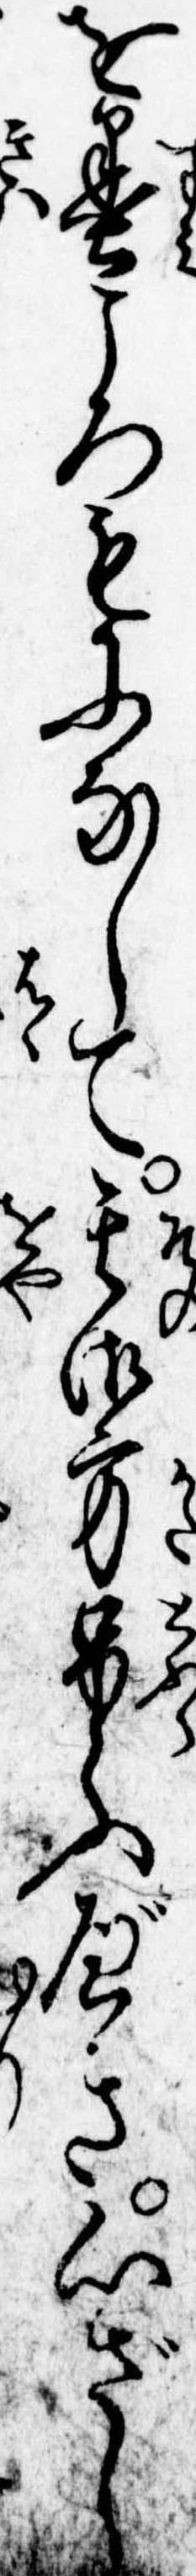
を墨ころもになして其御方弔ふべき心ざし